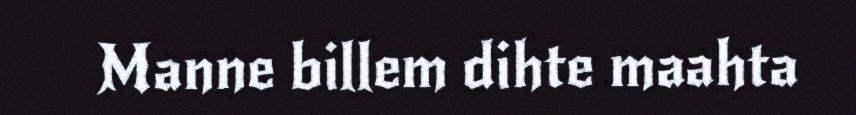
Manne billem dihte maahta